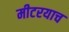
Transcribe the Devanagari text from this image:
मीटरयाच